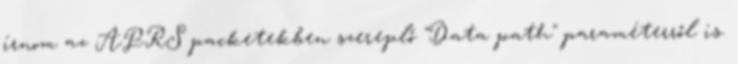
írnom az APRS packetekben szereplő "Data path" paraméterről is.